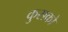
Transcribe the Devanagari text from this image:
कुसको